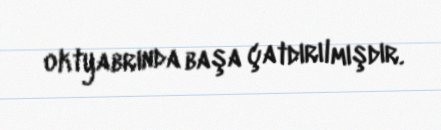
oktyabrında başa çatdırılmışdır.